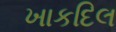
ખાકદિલ